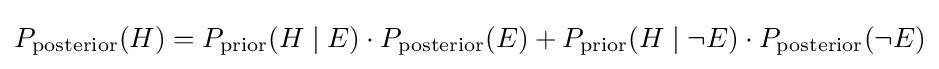
P_{\text{posterior}}(H)=P_{\text{prior}}(H\mid E)\cdot P_{\text{posterior}}(E)+P_{\text{prior}}(H\mid \lnot E)\cdot P_{\text{posterior}}(\lnot E)